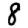
Digit: 8